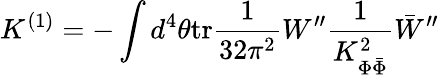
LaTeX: K^{(1)}=-\int d^{4}\theta\mathrm{tr}\frac{1}{32\pi^{2}}W^{\prime\prime}\frac{1}{K_{\Phi\bar{\Phi}}^{2}}\bar{W}^{\prime\prime}